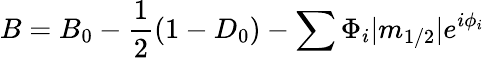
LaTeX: B=B_{0}-\frac{1}{2}(1-D_{0})-\sum\Phi_{i}|m_{1/2}|e^{i\phi_{i}}